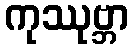
ကုဿုဗ္ဘာ